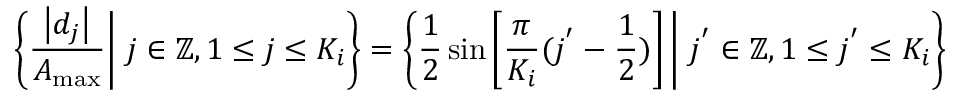
\left\{ \frac { \left\lvert d _ { j } \right\rvert } { A _ { \operatorname* { m a x } } } \bigg | \ j \in \mathbb { Z } , 1 \leq j \leq K _ { i } \right\} = \left\{ \frac { 1 } { 2 } \sin \left[ \frac { \pi } { K _ { i } } ( j ^ { ' } - \frac { 1 } { 2 } ) \right] \bigg | \ j ^ { ' } \in \mathbb { Z } , 1 \leq j ^ { ' } \leq K _ { i } \right\}